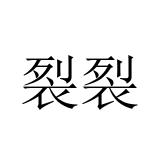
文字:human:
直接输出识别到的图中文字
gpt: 裂裂